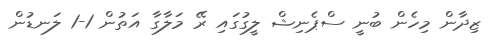
ޒިދާން މިހެން ބުނީ ސްޕެނިޝް ލީގުގައި ރޭ މަލާގާ އަތުން 1-1 ލަނޑުން